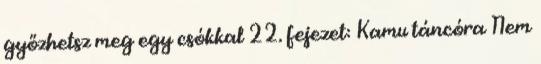
győzhetsz meg egy csókkal 22. fejezet: Kamu táncóra Nem